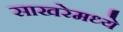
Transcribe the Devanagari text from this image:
साखरेमध्ये